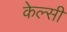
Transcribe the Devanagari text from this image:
केल्सी